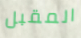
المقبل